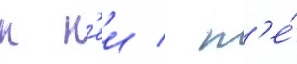
к н'еи / н'е́